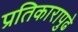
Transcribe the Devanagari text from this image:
प्रतिकारापुढे